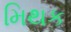
મિથક